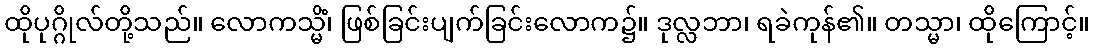
ထိုပုဂ္ဂိုလ်တို့သည်။ လောကသ္မိံ၊ ဖြစ်ခြင်းပျက်ခြင်းလောက၌။ ဒုလ္လဘာ၊ ရခဲကုန်၏။ တသ္မာ၊ ထိုကြောင့်။